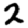
Digit: 2